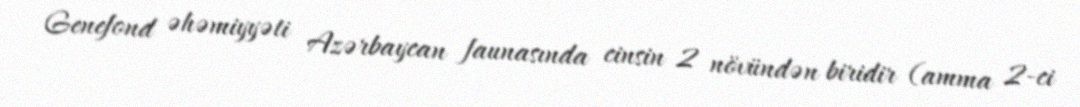
Genefond əhəmiyyəti Azərbaycan faunasında cinsin 2 növündən biridir (amma 2-ci